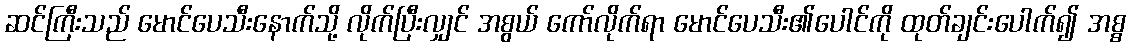
ဆင်ကြီးသည် မောင်ပေသီးနောက်သို့ လိုက်ပြီးလျှင် အစွယ် ကော်လိုက်ရာ မောင်ပေသီး၏ပေါင်ကို ထုတ်ချင်းပေါက်၍ အစ္စ